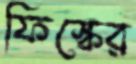
ফিস্কের